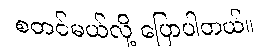
စတင်မယ်လို့ ပြောပါတယ်။